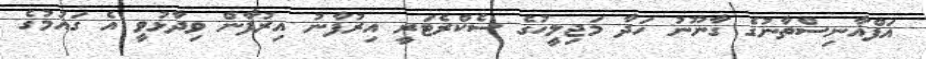
އަފްޣާނިސްތާނުގެ ގާނޫނު ހަދާ މަޖިލީހުގެ ސެކްރެޓަރީ އިރުފާނު އިރުފާން ވިދާޅުވީ އެ ގައުމުގެ